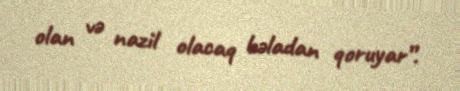
olan və nazil olacaq bəladan qoruyar”.